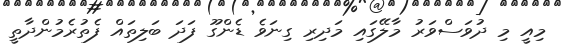
މިއީ މި ދުވަސްވަރު މާލޭގައި މަދިރި ގިނަވެ ޑެންގޫ ފަދަ ބަލިތައް ފެތުރެމުންދާތީ